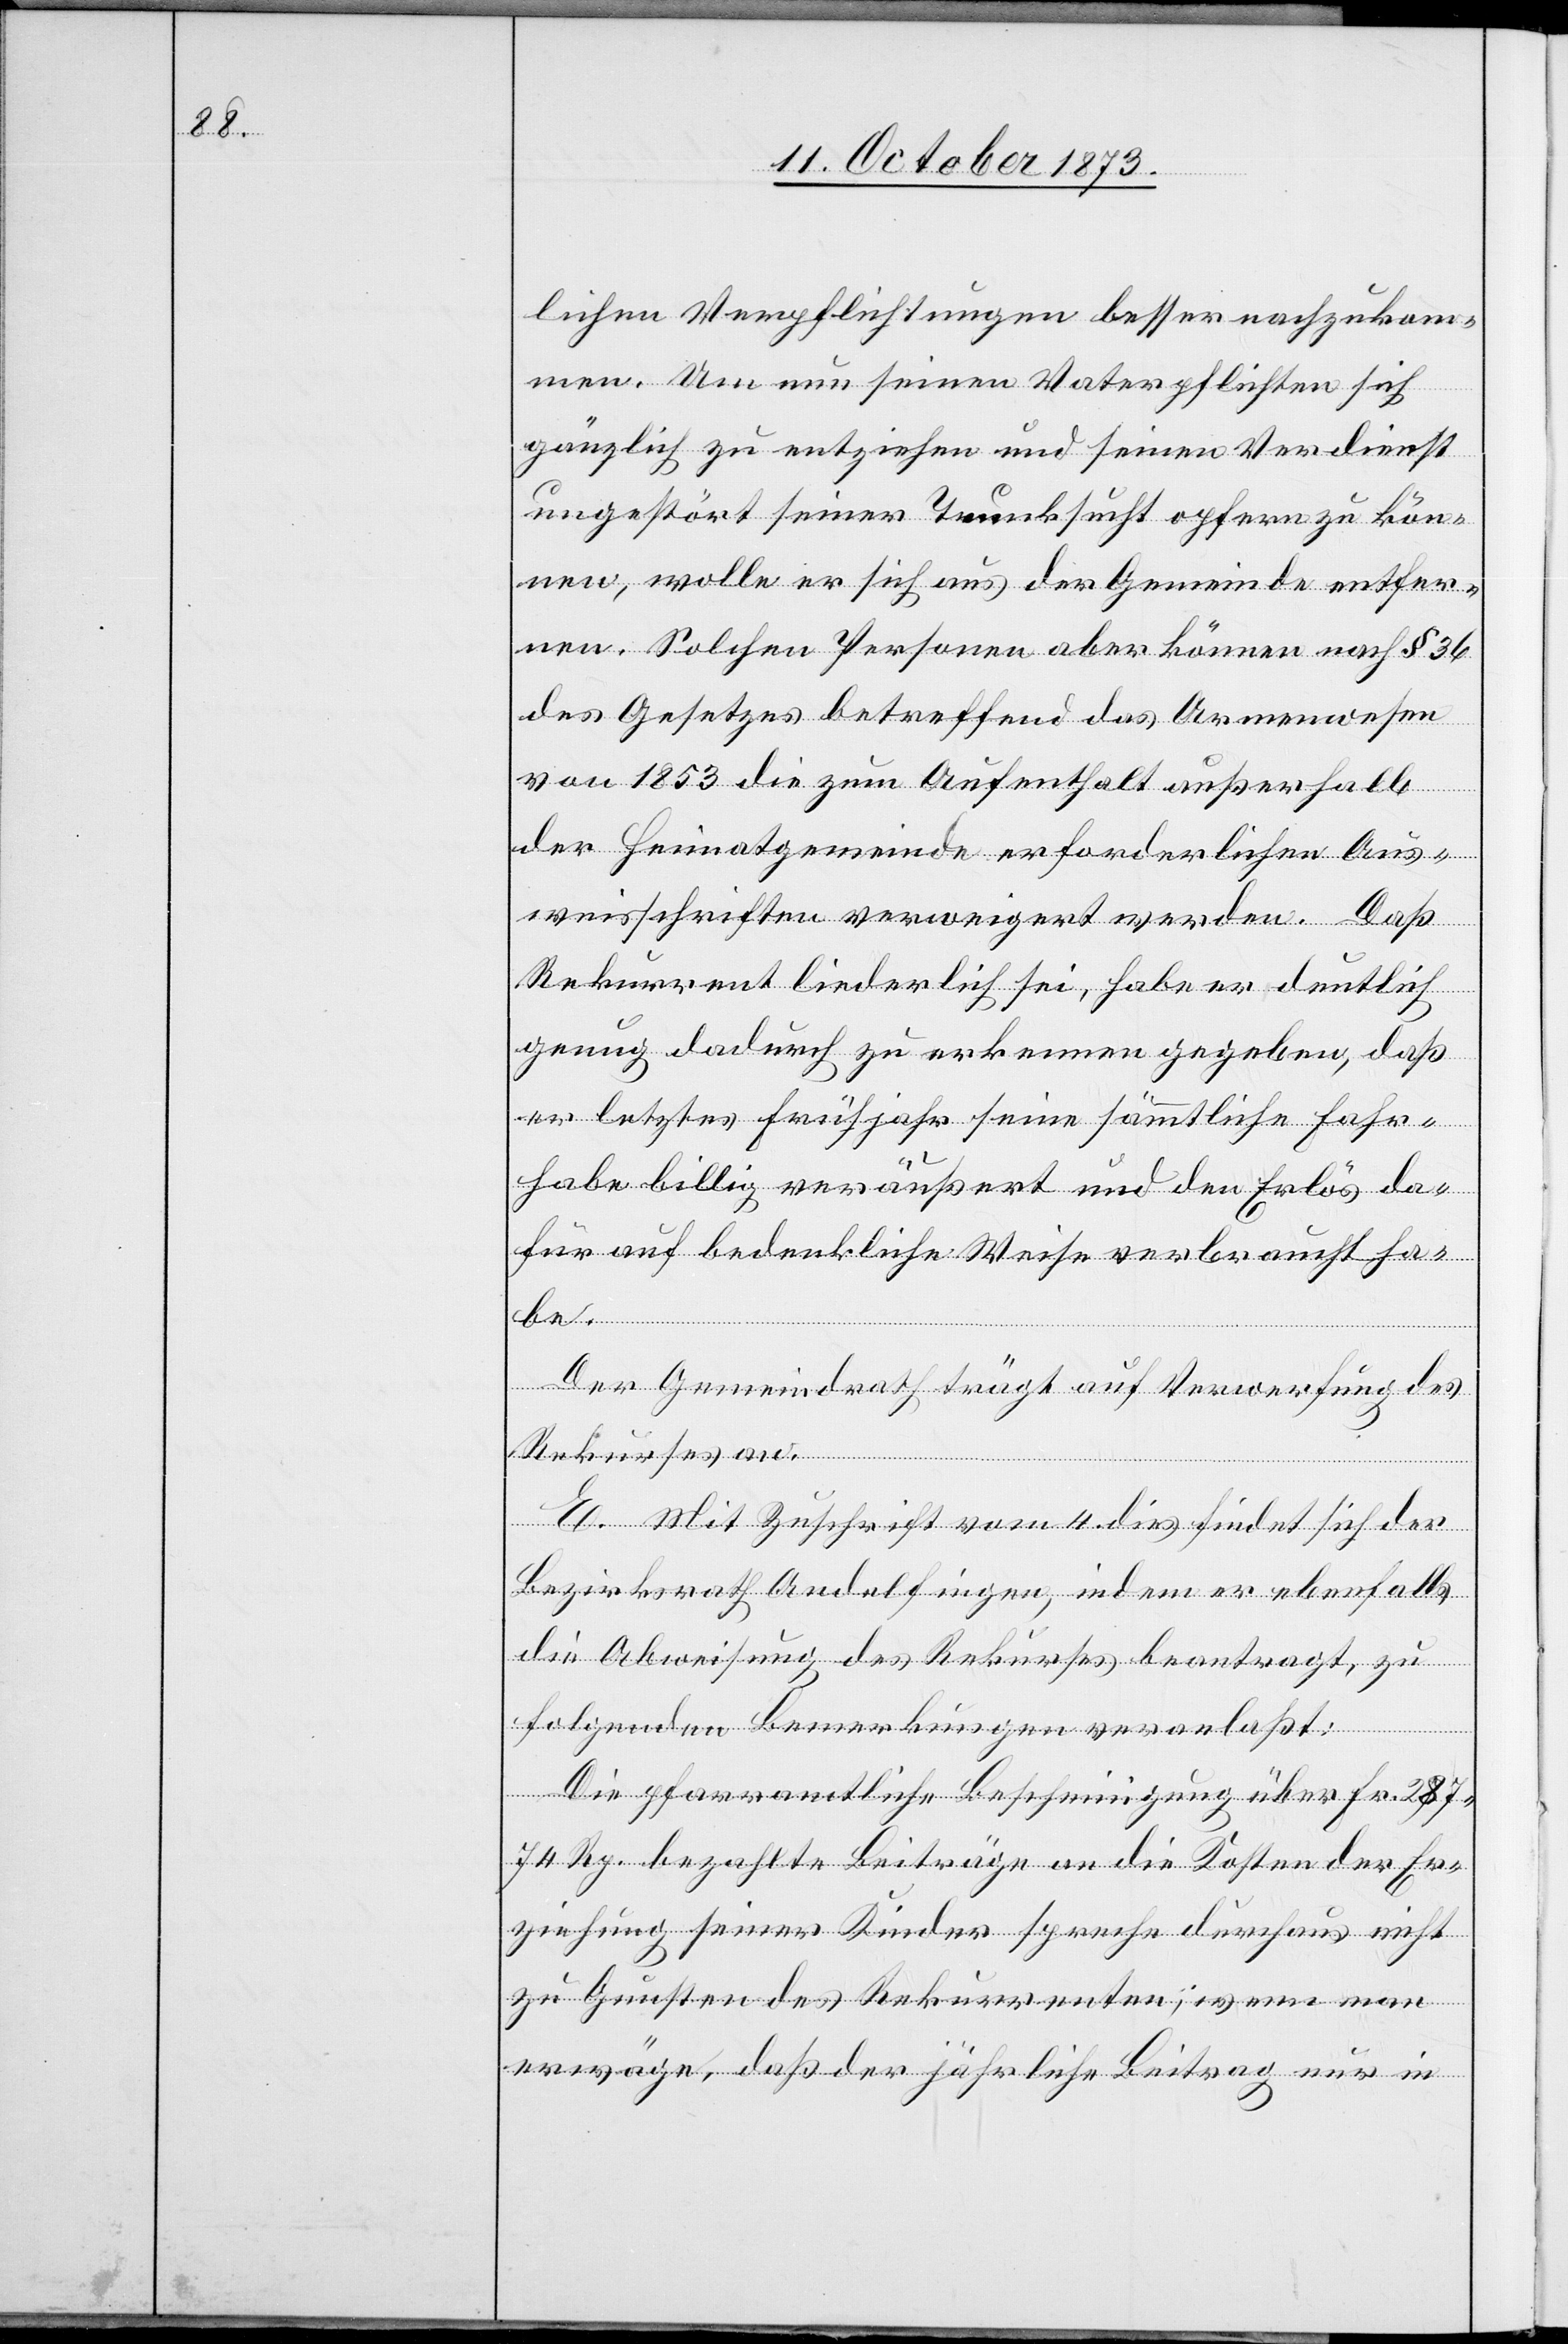
lichen Verpflichtungen besser nachzukom¬
men. Um nun seinen Vaterpflichten sich
gänzlich zu entziehen und seinen Verdienst
ungestört seiner Trunksucht opfern zu kön¬
nen, wolle er sich aus der Gemeinde entfer¬
nen. Solchen Personen aber können nach § 36
des Gesetzes betreffend das Armenwesen
von 1853 die zum Aufenthalt außerhalb
der Heimatgemeinde erforderlichen Aus¬
weisschriften verweigert werden. Daß
Rekurrent liederlich sei, habe er deutlich
genug dadurch zu erkennen gegeben, daß
er letztes Frühjahr seine sämmtliche Fahr¬
habe billig veräußert und den Erlös da¬
für auf bedenkliche Weise verbraucht ha¬
be.
Der Gemeindrath trägt auf Verwerfung des
Rekurses an.
E. Mit Zuschrift vom 4. dies findet sich der
Bezirksrath Andelfingen, indem er ebenfalls
die Abweisung des Rekurses beantragt, zu
folgenden Bemerkungen veranlaßt:
Die pfarramtliche Bescheinigung über Fr. 287
74 Rp. bezahlte Beiträge an die Kosten der Er¬
ziehung seiner Kinder spreche durchaus nicht
zu Gunsten des Rekurrenten; wenn man
erwäge, daß der jährliche Beitrag nur in